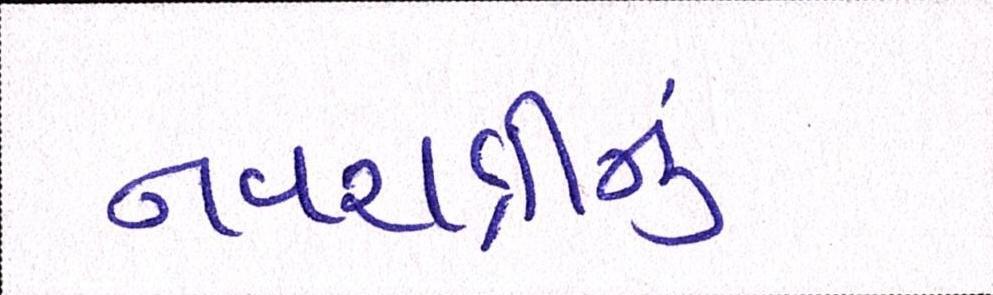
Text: નવરાત્રીનું